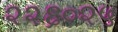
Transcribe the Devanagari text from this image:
२२६०२५